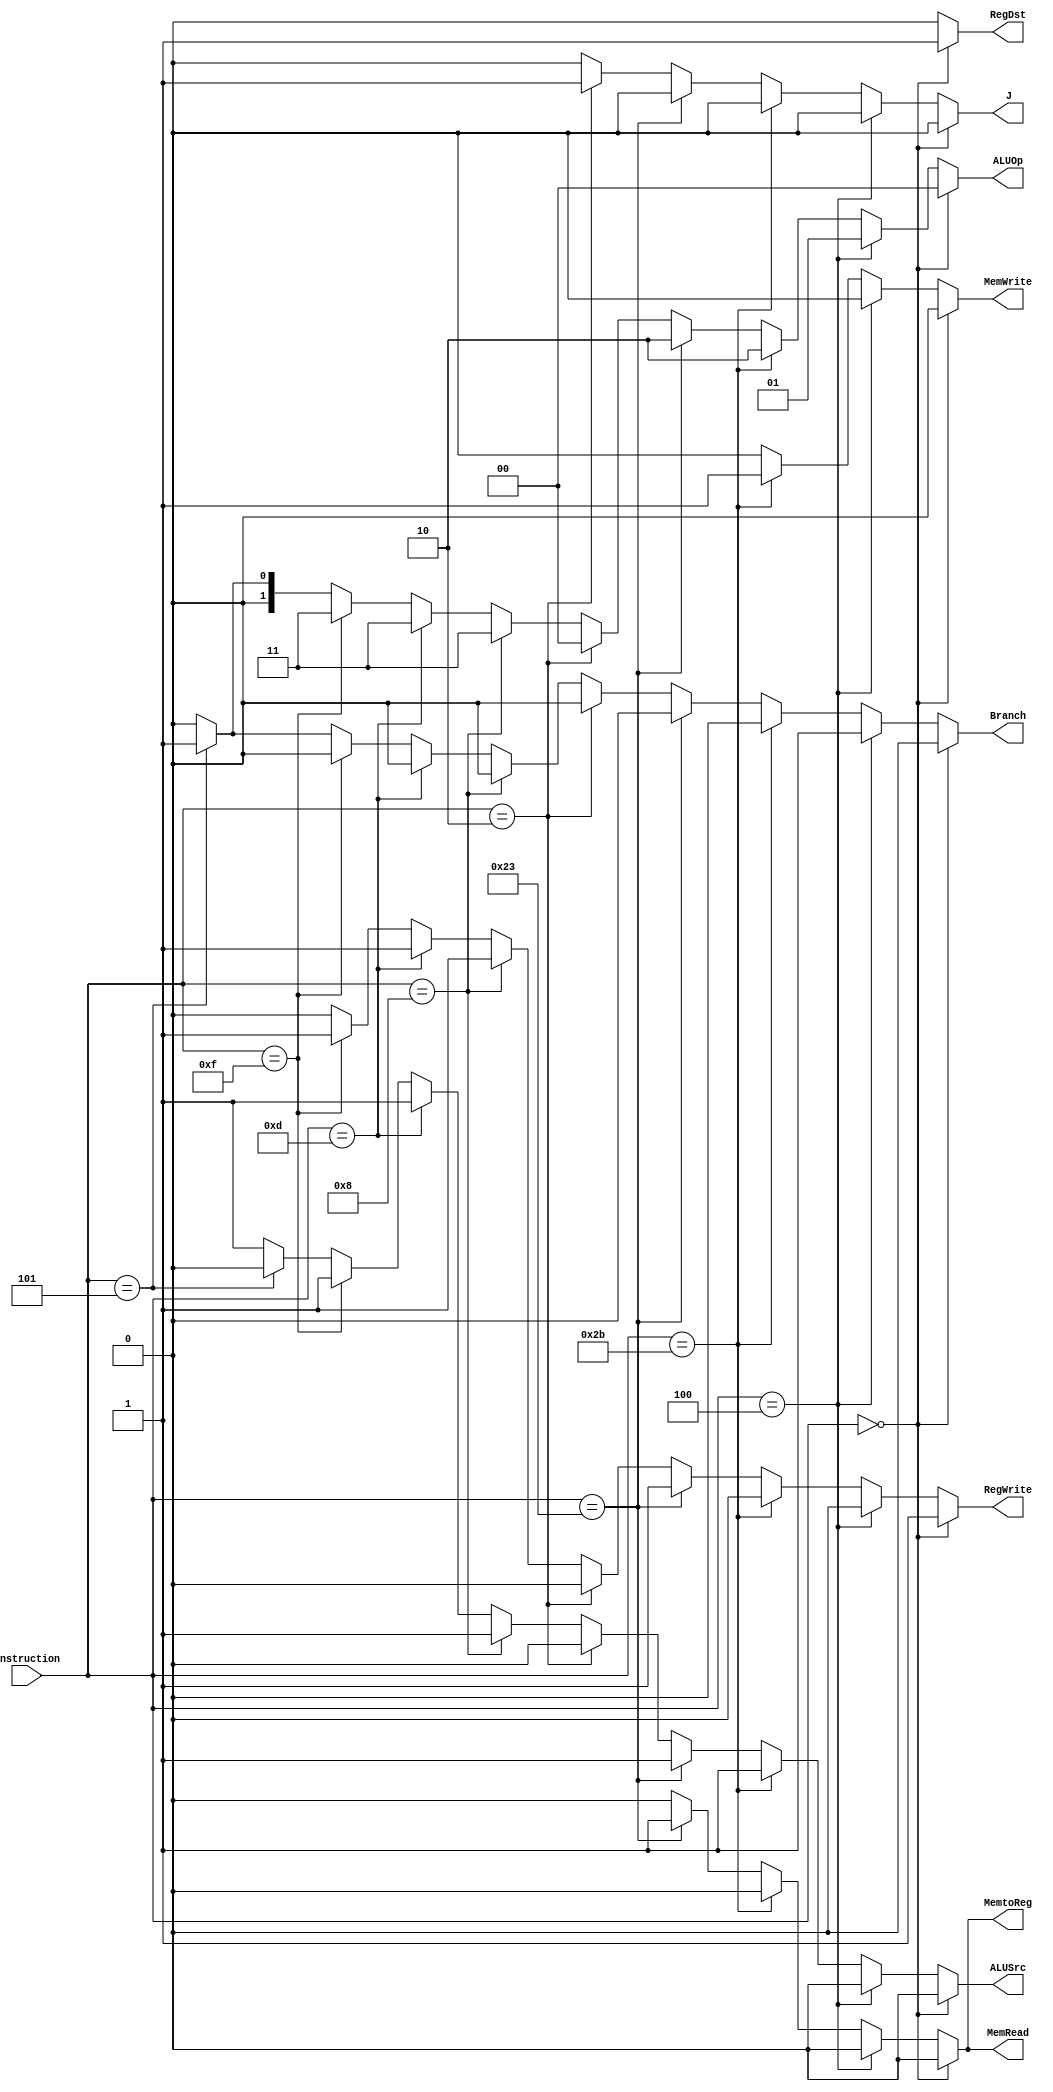
`timescale 1ns / 1ns

module control(
		input [5:0] instruction,
		output reg [1:0] ALUOp,
		output reg MemRead,
		output reg MemtoReg,
		output reg RegDst,
		output reg Branch, 
		output reg ALUSrc,
		output reg MemWrite,
		output reg RegWrite,
		output reg J
		);


always @(*) begin
		if (instruction == 6'b00_0000) begin				//RType
		ALUOp = 2'b00;
		MemRead = 1'b0;
		MemtoReg = 1'b0;
		RegDst = 1'b1;
      Branch = 1'b0;		
	   ALUSrc = 1'b0;
		MemWrite = 1'b0;
		RegWrite = 1'b1;
		J = 0;
		end else if (instruction == 6'b00_0100) begin   //branch
		ALUOp = 2'b01;
		MemRead = 1'b0;
		MemtoReg = 1'b0;
		RegDst = 1'b0;
      Branch = 1'b1;		
	   ALUSrc = 1'b0;
		MemWrite = 1'b0;
		RegWrite = 1'b0;
		J = 0;
		end else if (instruction == 6'b10_1011) begin   // sw
		ALUOp = 2'b10;
		MemRead = 1'b0;
		MemtoReg = 1'b0;
		RegDst = 1'b0;
      Branch = 1'b0;		
	   ALUSrc = 1'b1;
		MemWrite = 1'b1;
		RegWrite = 1'b0;
		J = 0;
		end else if (instruction == 6'b10_0011) begin   // lw
		ALUOp = 2'b10;
		MemRead = 1'b1;
		MemtoReg = 1'b1;
		RegDst = 1'b0;
      Branch = 1'b0;		
	   ALUSrc = 1'b1;
		MemWrite = 1'b0;
		RegWrite = 1'b1;
		J = 0;
		end else if (instruction == 6'b00_0010) begin   // J
		ALUOp = 2'b00;
		MemRead = 1'b0;
		MemtoReg = 1'b0;
		RegDst = 1'b0;
      Branch = 1'b0;		
	   ALUSrc = 1'b0;
		MemWrite = 1'b0;
		RegWrite = 1'b0;
		J = 1;
		end else if (instruction == 6'b00_1000) begin   // ADDI
		ALUOp = 2'b11;
		MemRead = 1'b0;
		MemtoReg = 1'b0;
		RegDst = 1'b0;
        Branch = 1'b0;		
	    ALUSrc = 1'b1;
		MemWrite = 1'b0;
		RegWrite = 1'b1;
		J = 0;
		end else if (instruction == 6'b00_1101) begin   // ORI
		ALUOp = 2'b11;
		MemRead = 1'b0;
		MemtoReg = 1'b0;
		RegDst = 1'b0;
      Branch = 1'b0;		
	   ALUSrc = 1'b1;
		MemWrite = 1'b0;
		RegWrite = 1'b1;
		J = 0;
		end else if (instruction == 6'b00_1111) begin   // LUI
		ALUOp = 2'b11;
		MemRead = 1'b0;
		MemtoReg = 1'b0;
		RegDst = 1'b0;
      Branch = 1'b0;		
	   ALUSrc = 1'b1;
		MemWrite = 1'b0;
		RegWrite = 1'b1;
		J = 0;
		end else if (instruction == 6'b00_0101) begin   // BNE
		ALUOp = 2'b01;
		MemRead = 1'b0;
		MemtoReg = 1'b0;
		RegDst = 1'b0;
      Branch = 1'b1;		
	   ALUSrc = 1'b0;
		MemWrite = 1'b0;
		RegWrite = 1'b0;
		J = 0;
		end else begin
		ALUOp = 2'b00;
		MemRead = 1'b0;
		MemtoReg = 1'b0;
		RegDst = 1'b0;
        Branch = 1'b0;		
	   ALUSrc = 1'b1;
		MemWrite = 1'b0;
		RegWrite = 1'b0;
		J = 0;
		end
	
	
end
endmodule